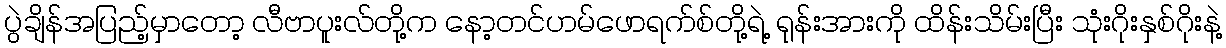
ပွဲချိန်အပြည့်မှာတော့ လီဗာပူးလ်တို့က နော့တင်ဟမ်ဖောရက်စ်တို့ရဲ့ ရုန်းအားကို ထိန်းသိမ်းပြီး သုံးဂိုးနှစ်ဂိုးနဲ့